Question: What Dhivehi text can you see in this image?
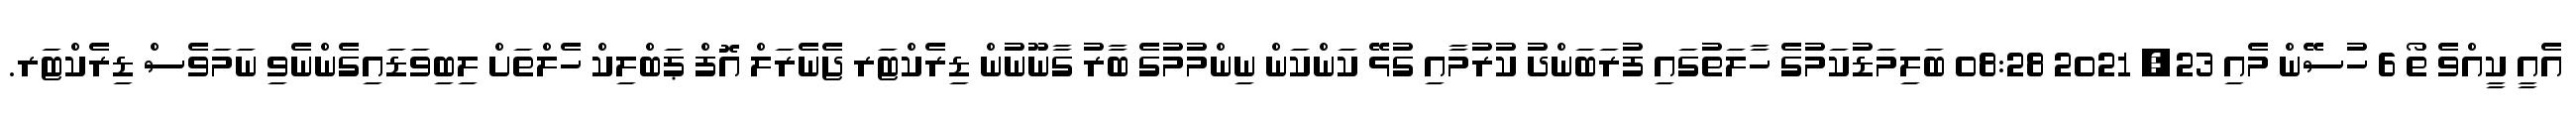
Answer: އެއީ ކީއްވެ ތޯ 6 ހުސޭން މެއި 23, 2021 08:28 ބަލިމަޑުކަމުގެ ހާލަތުގައި ފުރަބަންދު ކުރުމާއި ގުޅޭ ކަންކަން ނިންމުމުގެ ބާރު ގާނޫނުން ޑިރެކްޓަރ ޖެނެރަލް އޮފް ޕަބްލިކް ހެލްތަށް ލިބިވަޑައިގެންނެވި ނަމަވެސް ޑިރެކްޓަރ.